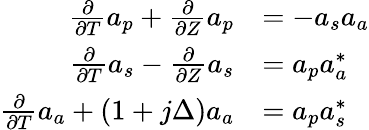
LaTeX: \begin{array}{rl}{\frac{\partial}{\partial T}a_{p}+\frac{\partial}{\partial Z}a_{p}}&{=-a_{s}a_{a}}\\ {\frac{\partial}{\partial T}a_{s}-\frac{\partial}{\partial Z}a_{s}}&{=a_{p}a_{a}^{*}}\\ {\frac{\partial}{\partial T}a_{a}+(1+j\Delta)a_{a}}&{=a_{p}a_{s}^{*}}\end{array}